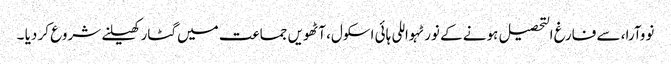
نووآرا، سے فارغ التحصیل ہونے کے نورٹہواللی ہائی اسکول، آٹھویں جماعت میں گٹار کھیلنے شروع کر دیا ۔